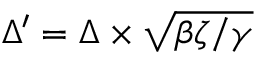
\Delta ^ { \prime } = \Delta \times \sqrt { \beta \zeta / \gamma }